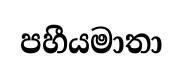
පහීයමාතා